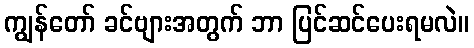
ကျွန်တော် ခင်ဗျားအတွက် ဘာ ပြင်ဆင်ပေးရမလဲ။